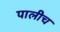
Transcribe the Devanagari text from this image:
पालीच